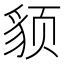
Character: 𬥈